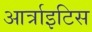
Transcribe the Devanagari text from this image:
आर्त्राइटिस